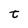
Character: t